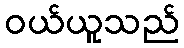
ဝယ်ယူသည်